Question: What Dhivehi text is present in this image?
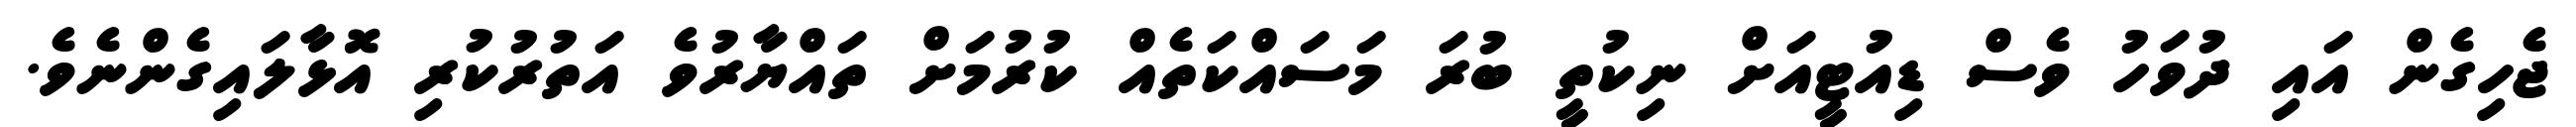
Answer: ޖެހިގެން އައި ދުވަހު ވެސް ޑިއުޓީއަށް ނިކުތީ ބުރަ މަސައްކަތެއް ކުރުމަށް ތައްޔާރުވެ އަތުރުކުރި އޮޅާލައިގެންނެވެ.